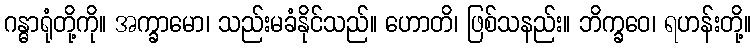
ဂန္ဓာရုံတို့ကို။ အက္ခာမော၊ သည်းမခံနိုင်သည်။ ဟောတိ၊ ဖြစ်သနည်း။ ဘိက္ခဝေ၊ ရဟန်းတို့။